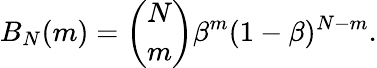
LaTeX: B_{N}(m)=\binom{N}{m}\beta^{m}(1-\beta)^{N-m}.